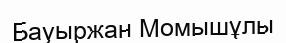
Бауыржан Момышұлы